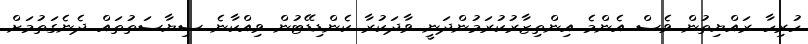
ހުރިހާ ރައްޔިތުން ވެސް އެންމެ އިންތިޒާރުކުރަމުންދަނީ ވާދަކުރާ ކެންޑިޑޭޓުން ވިއްކާނެ ސިޔާސަތުތައް ދެނެގަތުމަށް